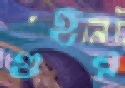
গুহর